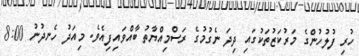
ހުރި ފުލުހުންގެ މަރުކަޒުތަކުގައި ދިދަ ނެގުމުގެ ރަސްމިއްޔާތު ބާއްވައިފިއެވެ. މިއަދު ހެނދުނު 8:00